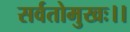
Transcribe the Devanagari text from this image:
सर्वतोमुखः।।